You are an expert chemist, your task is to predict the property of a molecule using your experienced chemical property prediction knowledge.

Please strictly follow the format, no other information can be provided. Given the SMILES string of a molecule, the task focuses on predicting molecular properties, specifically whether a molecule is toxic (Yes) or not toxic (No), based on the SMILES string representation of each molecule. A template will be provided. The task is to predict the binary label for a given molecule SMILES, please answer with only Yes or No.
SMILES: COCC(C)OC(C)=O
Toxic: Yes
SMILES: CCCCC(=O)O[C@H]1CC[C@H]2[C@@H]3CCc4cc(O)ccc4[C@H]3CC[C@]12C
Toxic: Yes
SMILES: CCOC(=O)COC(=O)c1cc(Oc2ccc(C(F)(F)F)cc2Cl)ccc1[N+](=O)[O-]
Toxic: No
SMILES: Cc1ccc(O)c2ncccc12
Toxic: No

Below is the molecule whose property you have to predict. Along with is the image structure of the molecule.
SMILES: CN(CC1(C)CCCO1)S(=O)(=O)c1ccc(Cl)c(S(N)(=O)=O)c1
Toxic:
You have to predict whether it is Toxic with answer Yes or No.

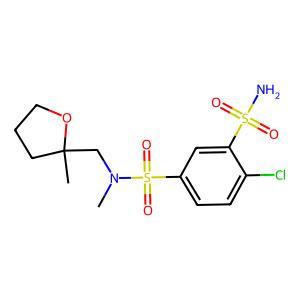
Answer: No